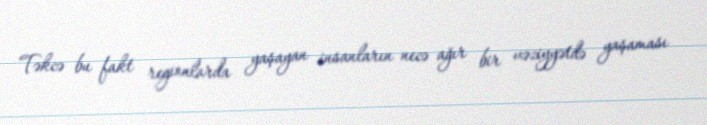
Təkcə bu fakt regionlarda yaşayan insanların necə ağır bir vəziyyətdə yaşaması